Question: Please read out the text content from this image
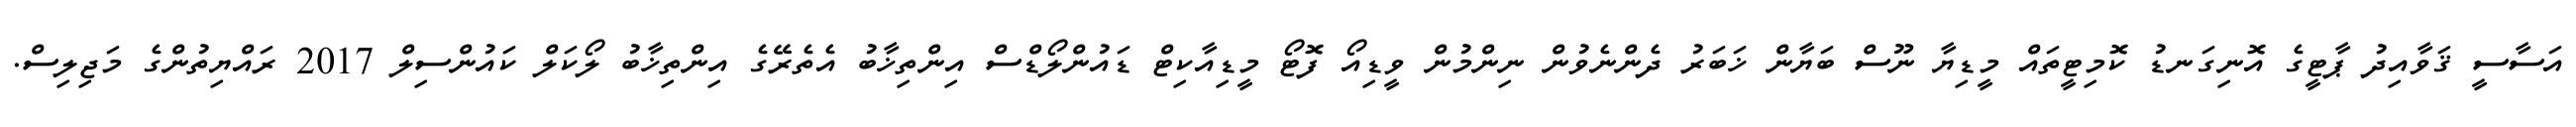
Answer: އަސާސީ ޤަވާއިދު ޕާޓީގެ އޮނިގަނޑު ކޮމިޓީތައް މީޑިޔާ ނޫސް ބަޔާން ޚަބަރު ދެންނެވުން ނިންމުން ވީޑިއޯ ފޮޓޯ މީޑިއާކިޓް ޑައުންލޯޑްސް އިންތިޚާބު އެތެރޭގެ އިންތިޚާބު ލޯކަލް ކައުންސިލް 2017 ރައްޔިތުންގެ މަޖިލިސް.